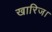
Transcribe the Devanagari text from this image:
खारिज।